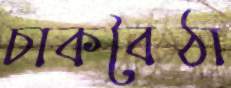
চাকবৈঠা